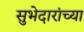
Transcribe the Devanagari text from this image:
सुभेदारांच्या